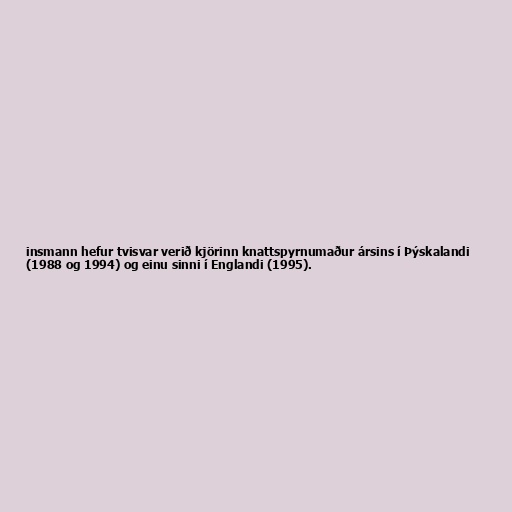
insmann hefur tvisvar verið kjörinn knattspyrnumaður ársins í Þýskalandi
(1988 og 1994) og einu sinni í Englandi (1995).